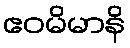
ဧဝမိမာနိ